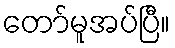
တော်မူအပ်ပြီ။